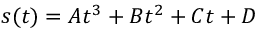
s ( t ) = A t ^ { 3 } + B t ^ { 2 } + C t + D